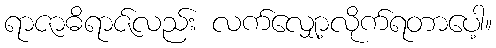
ရာဇာဓိရာဇ်လည်း လက်လျှော့လိုက်ရတာပေါ့။